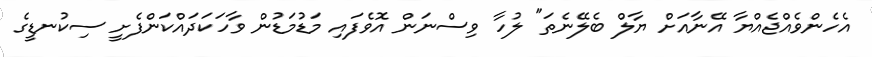
އެހެންވެއްޖެއްޔާ އޭނާއަށް ޔާލް ބެލޭނެތަ" ލުހާ ވިސްނަން އޮވެފައި މަޑުމަޑުން ވާހަކަދައްކަންފެށީ ސިކުނޑީގެ